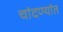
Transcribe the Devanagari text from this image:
चांदण्यांत